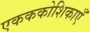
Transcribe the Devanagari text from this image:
एकककोशिकाएँ